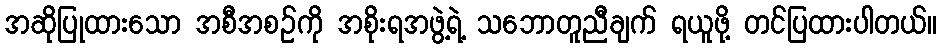
အဆိုပြုထားသော အစီအစဉ်ကို အစိုးရအဖွဲ့ရဲ့ သဘောတူညီချက် ရယူဖို့ တင်ပြထားပါတယ်။